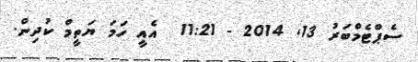
ސެޕްޓެމްބަރު 13